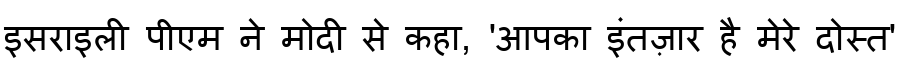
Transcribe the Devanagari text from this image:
इसराइली पीएम ने मोदी से कहा, 'आपका इंतज़ार है मेरे दोस्त'